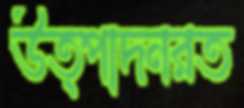
উত্পাদনরত